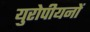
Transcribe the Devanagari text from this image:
युरोपीयनों